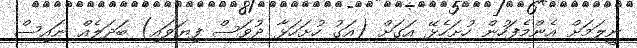
ނީލަމަށް އެންމެފަހުން ހުށަހެޅޭ އަގަށް (އަގު ހުށަހަޅާ ދުވަސް ފިޔަވައި) ބަދަލެއް ނައިސް